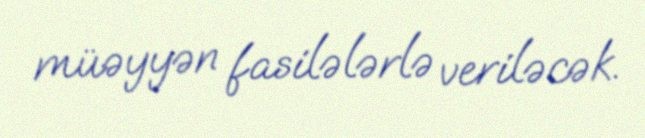
müəyyən fasilələrlə veriləcək.